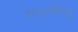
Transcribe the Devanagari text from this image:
धनवर्धिष्णु